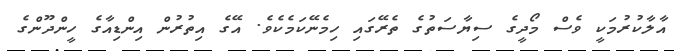
އާލާކުރުމަކީ ވެސް މޯދީގެ ސިޔާސަތުގެ ތެރޭގައި ހިމެނޭކަމެކެވެ. އޭގެ އިތުރުން އިންޑިއާގެ ހީންދޫންގެ